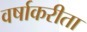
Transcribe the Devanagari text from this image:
वर्षाकरीता